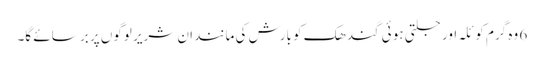
6 وہ گرم کو ئلہ اور جلتی ہو ئی گندھک کو بارش کی مانند ان شریر لوگوں پر بر سائے گا۔